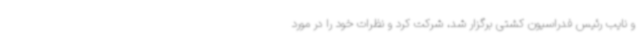
و نایب رئیس فدراسیون کشتی برگزار شد، شرکت کرد و نظرات خود را در مورد